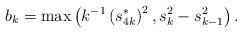
LaTeX: \begin{align*}b_{k}=\max\left( k^{-1}\left( s_{4k}^{\ast}\right) ^{2},s_{k}^{2}-s_{k-1}^{2}\right) . \end{align*}